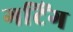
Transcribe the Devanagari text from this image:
गटिंग